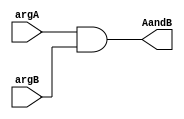
`timescale 1ns / 1ps

module AND_32(argA, argB, AandB);
	input [31:0] argA, argB;
	output [31:0] AandB;
	
	assign AandB = argA & argB;

endmodule